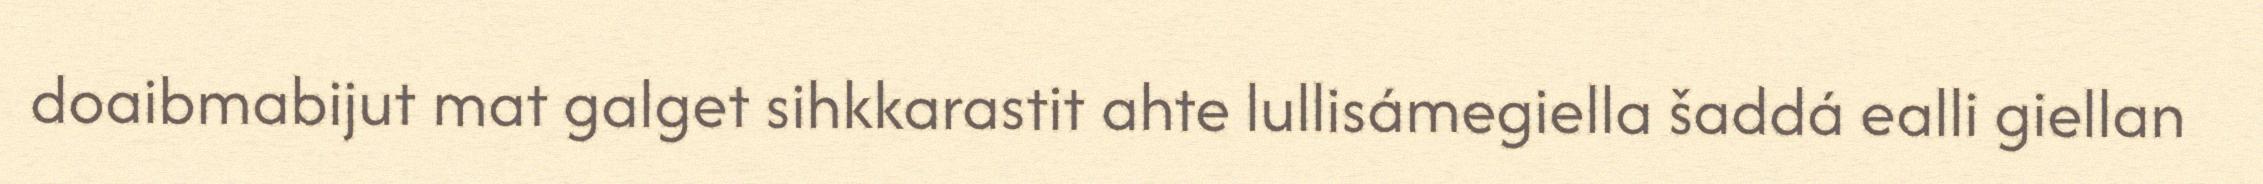
doaibmabijut mat galget sihkkarastit ahte lullisámegiella šaddá ealli giellan